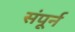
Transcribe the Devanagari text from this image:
संपूर्न